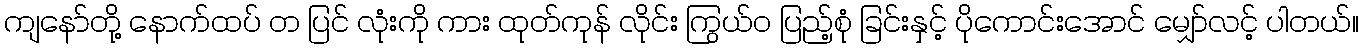
ကျနော်တို့ နောက်ထပ် တ ပြင် လုံးကို ကား ထုတ်ကုန် လိုင်း ကြွယ်ဝ ပြည့်စုံ ခြင်းနှင့် ပိုကောင်းအောင် မျှော်လင့် ပါတယ်။